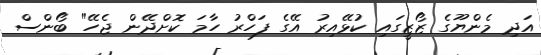
އަދި މެންޔޫގެ ޒޯޒީގައި ކުޅޭއިރު އޭގެ ފަހްރު ހާމަ ކޮށްދޭން ޖެހޭ" ބޯންސް